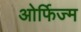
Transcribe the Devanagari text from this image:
ओर्फिज्म